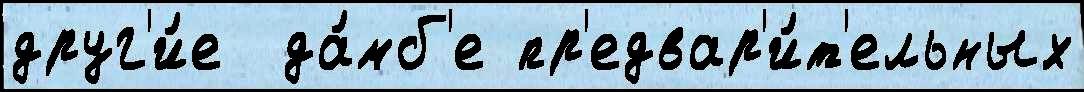
друг'и́е  да́мб'е пр'едвар'и́т'ельных